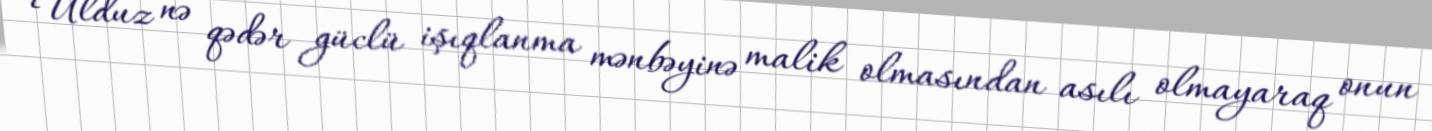
Ulduz nə qədər güclü işıqlanma mənbəyinə malik olmasından asılı olmayaraq onun